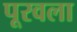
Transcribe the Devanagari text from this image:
पूरवला